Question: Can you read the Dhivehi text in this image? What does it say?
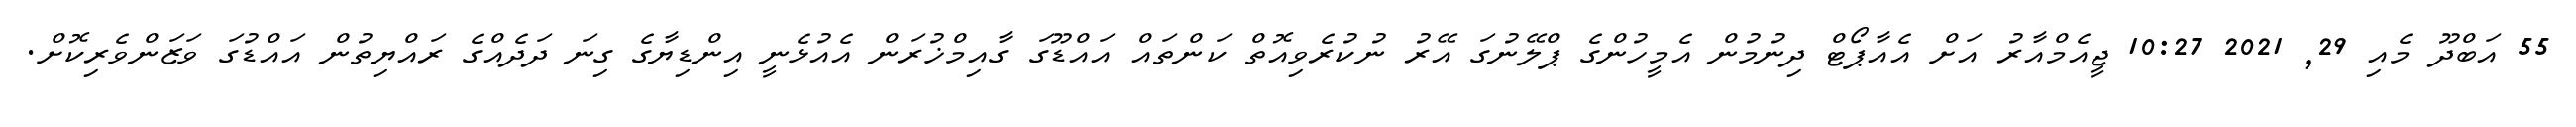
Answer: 55 އަބްދޫ މެއި 29, 2021 10:27 ޖީއެމްއާރު އަށް އެއާޕޯޓް ދިނުމުން އެމީހުންގެ ޕްލޭނުގަ އޭރު ނުކުރެވިއޮތް ކަންތައް އައްޑޫގަ ގާއިމްޚުރަން އެއުޅެނީ އިންޑިޔާގެ ގިނަ ދަދެއްގެ ރައްޔިތުން އައްޑުގަ ވަޒަންވެރިކޮށް.